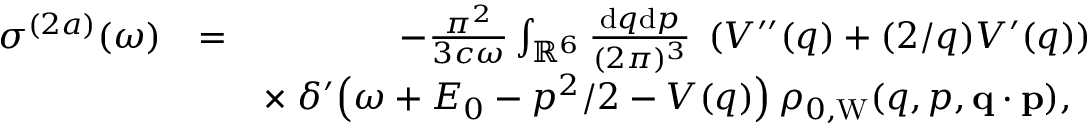
\begin{array} { r l r } { \sigma ^ { ( 2 a ) } ( \omega ) } & { = } & { - \frac { \pi ^ { 2 } } { 3 c \omega } \int _ { \mathbb { R } ^ { 6 } } \frac { \ensuremath { \mathrm { d } } \b { q } \ensuremath { \mathrm { d } } \b { p } } { ( 2 \pi ) ^ { 3 } } \; \left( V ^ { \prime \prime } ( q ) + ( 2 / q ) V ^ { \prime } ( q ) \right) } \\ & { } & { \times \; \delta ^ { \prime } \! \left( \omega + E _ { 0 } - p ^ { 2 } / 2 - V ( q ) \right) \rho _ { 0 , \mathrm { W } } ( q , p , \ensuremath { \mathbf { q } } \cdot \ensuremath { \mathbf { p } } ) , \; \; } \end{array}